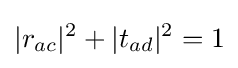
|r_{ac}|^{2}+|t_{ad}|^{2}=1